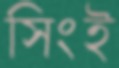
সিংই